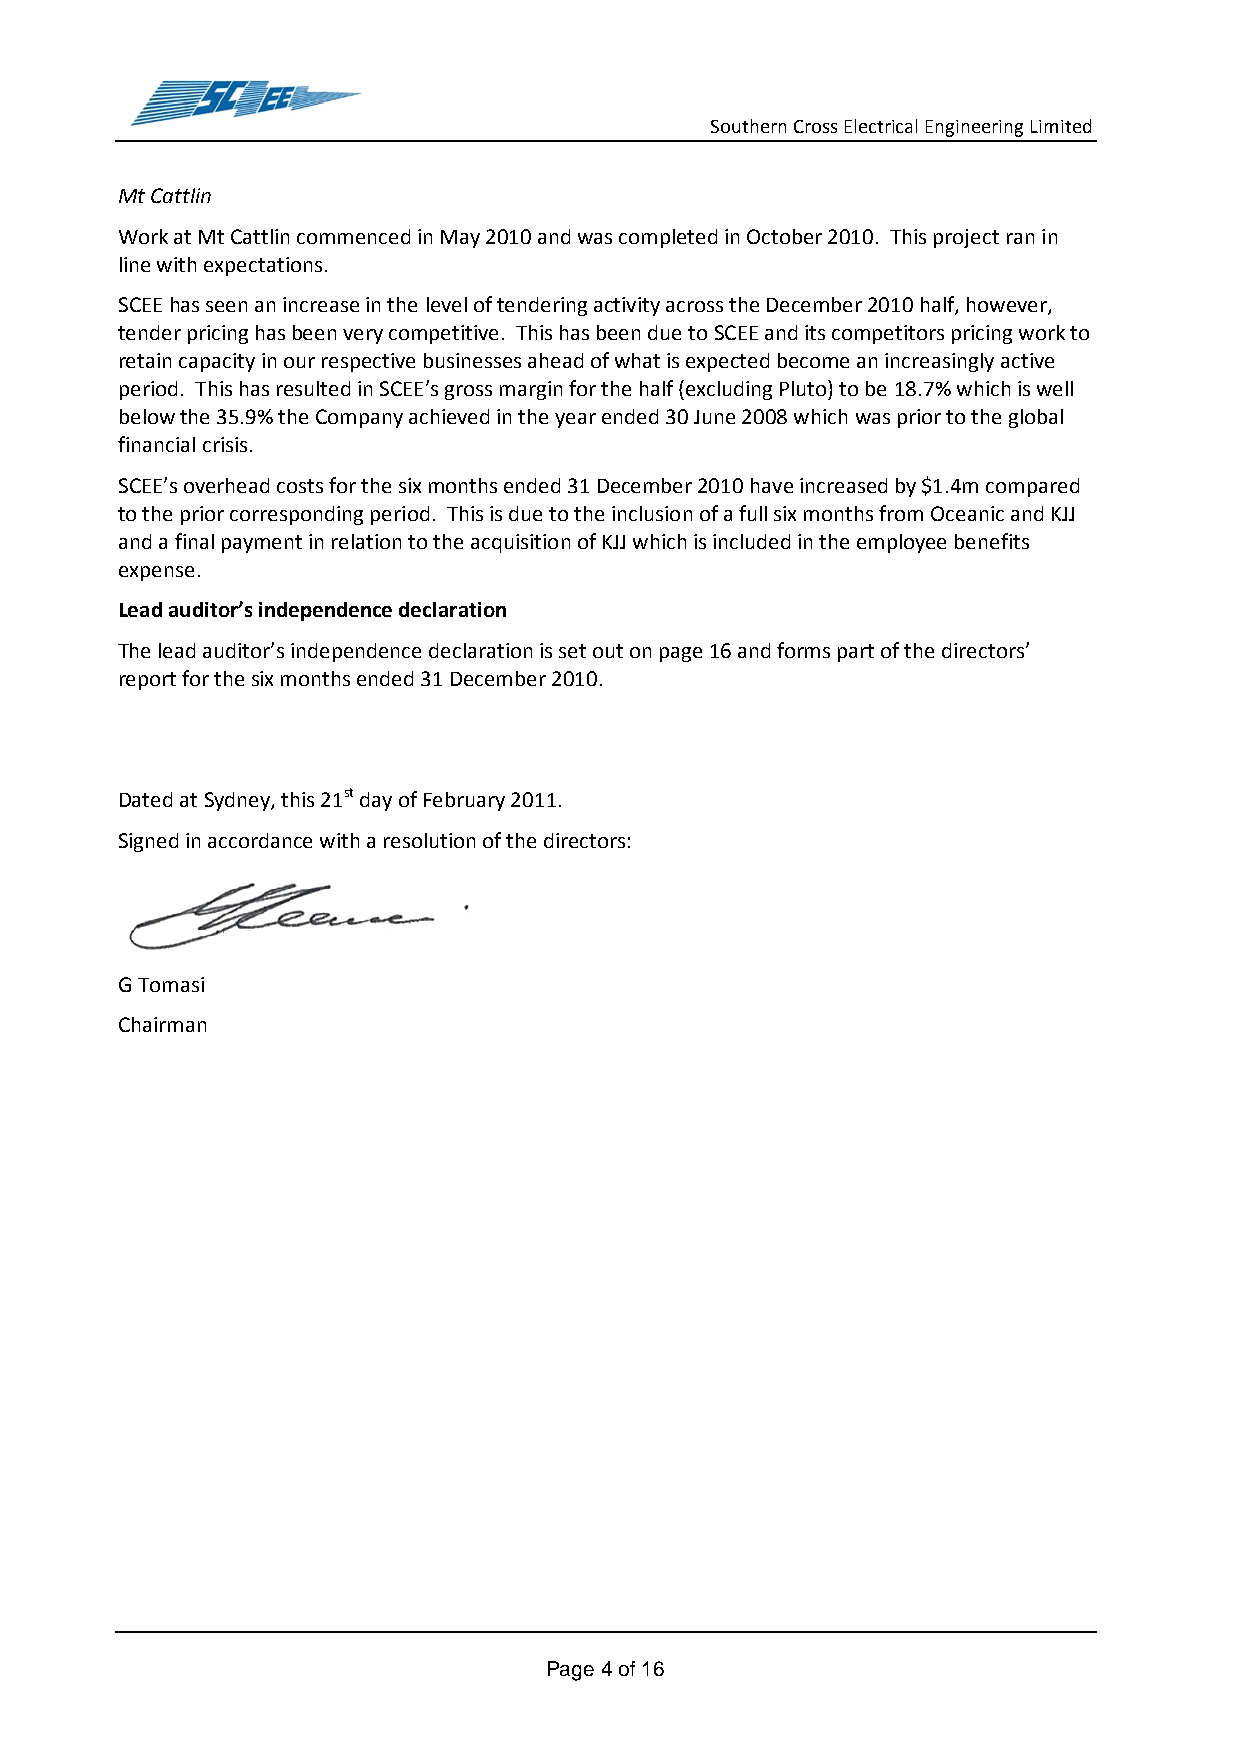
Southern Cross Electrical Engineering Limited
 Mt Cattlin
 Work at Mt Cattlin commenced in May 2010 and was completed in October 2010. This project ran in
 line with expectations.
 SCEE has seen an increase in the level of tendering activity across the December 2010 half, however,
 tender pricing has been very competitive. This has been due to SCEE and its competitors pricing work to
 retain capacity in our respective businesses ahead of what is expected become an increasingly active
 period. This has resulted in SCEE’s gross margin for the half (excluding Pluto) to be 18.7% which is well
 below the 35.9% the Company achieved in the year ended 30 June 2008 which was prior to the global
 financial crisis.
 SCEE’s overhead costs for the six months ended 31 December 2010 have increased by $1.4m compared
 to the prior corresponding period. This is due to the inclusion of a full six months from Oceanic and KJJ
 and a final payment in relation to the acquisition of KJJ which is included in the employee benefits
 expense.
 Lead auditor’s independence declaration
 The lead auditor’s independence declaration is set out on page 16 and forms part of the directors’
 report for the six months ended 31 December 2010.
 Dated at Sydney, this 21st day of February 2011.
 Signed in accordance with a resolution of the directors:
 G Tomasi
 Chairman
 Page 4 of 16